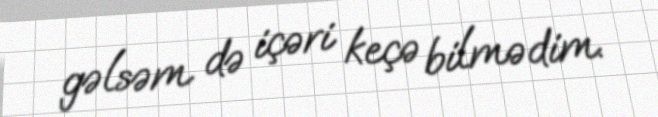
gəlsəm də içəri keçə bilmədim.